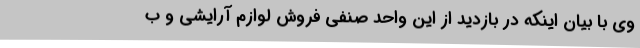
وی با بیان اینکه در بازدید از این واحد صنفی فروش لوازم آرایشی و ب